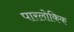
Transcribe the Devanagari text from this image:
पारलोकिक